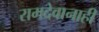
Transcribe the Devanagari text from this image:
रामदेवानाही